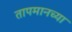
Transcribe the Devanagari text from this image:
तापमानच्या